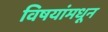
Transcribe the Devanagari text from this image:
विषयांमधून